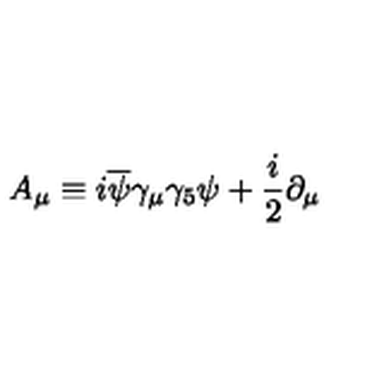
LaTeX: A _ { \protect \mu } \equiv i \overline { { \protect \psi } } \protect \gamma _ { \protect \mu } \protect \gamma _ { 5 } \protect \psi + \frac { i } { 2 } \partial _ { \protect \mu } \protect